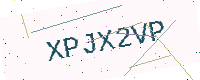
Text: XPJX2VP